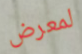
لمعرض